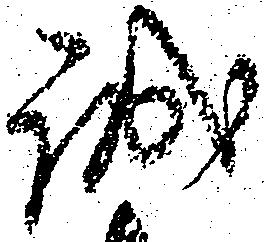
誠